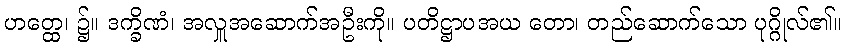
ဟတ္ထေ၊ ၌။ ဒက္ခိဏံ၊ အလှူအဆောက်အဦးကို။ ပတိဋ္ဌာပအယ တော၊ တည်ဆောက်သော ပုဂ္ဂိုလ်၏။